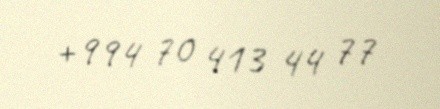
+994 70 413 44 77